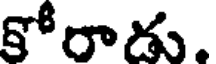
కోరాడు.